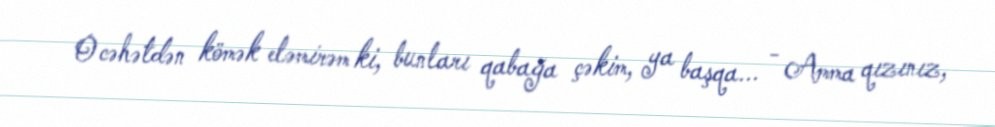
O cəhətdən kömək eləmirəm ki, bunları qabağa çəkim, ya başqa... - Amma qızınız,